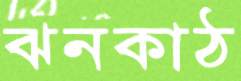
ঝনকাঠ